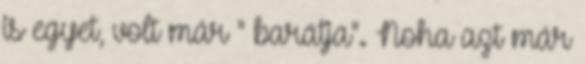
is egyet, volt már " barátja". Noha azt már